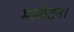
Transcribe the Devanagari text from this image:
माथेरान।